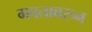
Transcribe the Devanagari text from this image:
गवतावरुन